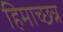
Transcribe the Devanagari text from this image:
हिमाच्छन्न